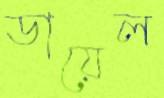
ডায়েল